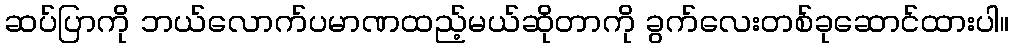
ဆပ်ပြာကို ဘယ်လောက်ပမာဏထည့်မယ်ဆိုတာကို ခွက်လေးတစ်ခုဆောင်ထားပါ။